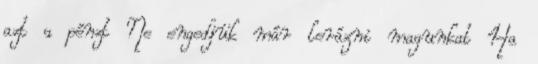
azt a pénzt Ne engedjük már lerázni magunkat Ha